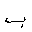
Letter: _ba